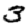
Digit: 3